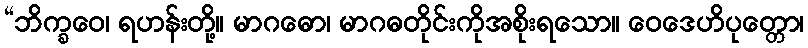
“ဘိက္ခဝေ၊ ရဟန်းတို့။ မာဂဓော၊ မာဂဓတိုင်းကိုအစိုးရသော။ ဝေဒေဟိပုတ္တော၊